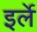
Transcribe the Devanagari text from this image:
इर्ले